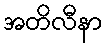
အတိလီနာ